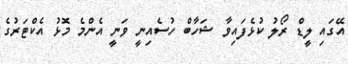
އޭގައި ލީޑް ރޯލު ކުޅެފައިވާ ޝަހާބް ހުސެއިނީ ވަނީ އެންމެ މޮޅު އެކްޓަރުގެ